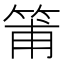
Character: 𥮉